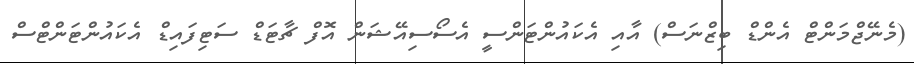
(މެނޭޖްމަންޓް އެންޑް ބިޒްނަސް) އާއި އެކައުންޓަންސީ އެސޯސިއޭޝަން އޮފް ޗާޓަޑް ސަޓިފައިޑް އެކައުންޓަންޓްސް